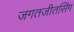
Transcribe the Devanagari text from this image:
जगतजीतसिंग